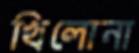
খিলোনা